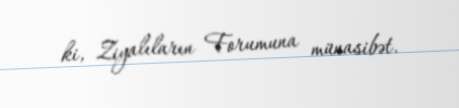
ki, Ziyalıların Forumuna münasibət.